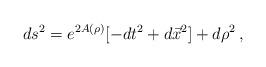
LaTeX: \begin{align*}ds^2 = e^{2A(\rho)}[-dt^2 +d\vec{x}^2] +d\rho^2\,,\end{align*}